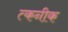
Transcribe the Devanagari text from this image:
त्कनीक